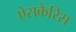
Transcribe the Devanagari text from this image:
ऐसकैरिस